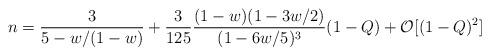
LaTeX: \begin{align*}n = \frac{3}{5-w/(1-w)}+\frac{3}{125} \frac{(1-w)(1-3w/2)}{(1-6w/5)^3} (1-Q) + \mathcal{O} [(1-Q)^2]\end{align*}